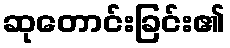
ဆုတောင်းခြင်း၏